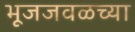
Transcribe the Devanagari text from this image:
भूजजवळच्या